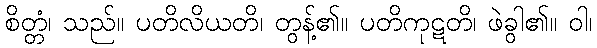
စိတ္တံ၊ သည်။ ပတိလိယတိ၊ တွန့်၏။ ပတိကုဋတိ၊ ဖဲခွါ၏။ ဝါ၊